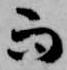
而